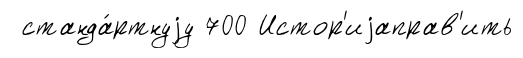
станда́ртнуjу 700 Истор'иjаправ'ить